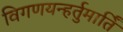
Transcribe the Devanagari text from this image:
विगणयन्हर्तुमार्तिं